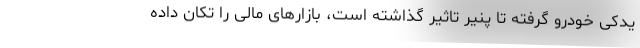
یدکی خودرو گرفته تا پنیر تاثیر گذاشته است، بازارهای مالی را تکان داده